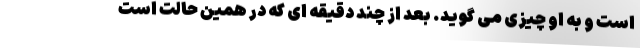
است و به او چیزی می گوید. بعد از چند دقیقه ای که در همین حالت است